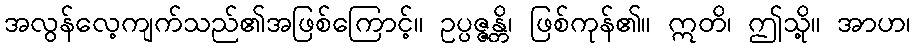
အလွန်လေ့ကျက်သည်၏အဖြစ်ကြောင့်။ ဥပ္ပဇ္ဇန္တိ၊ ဖြစ်ကုန်၏။ ဣတိ၊ ဤသို့။ အာဟ၊